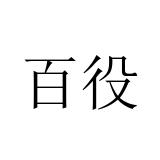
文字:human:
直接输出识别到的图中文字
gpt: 百役